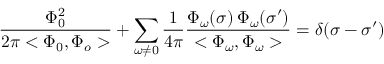
\frac { \Phi _ { 0 } ^ { 2 } } { 2 \pi < \Phi _ { 0 } , \Phi _ { o } > } + \sum _ { \omega \neq 0 } \frac { 1 } { 4 \pi } \frac { \Phi _ { \omega } ( \sigma ) \: \Phi _ { \omega } ( \sigma ^ { \prime } ) } { < \Phi _ { \omega } , \Phi _ { \omega } > } = \delta ( \sigma - { \sigma ^ { \prime } } )